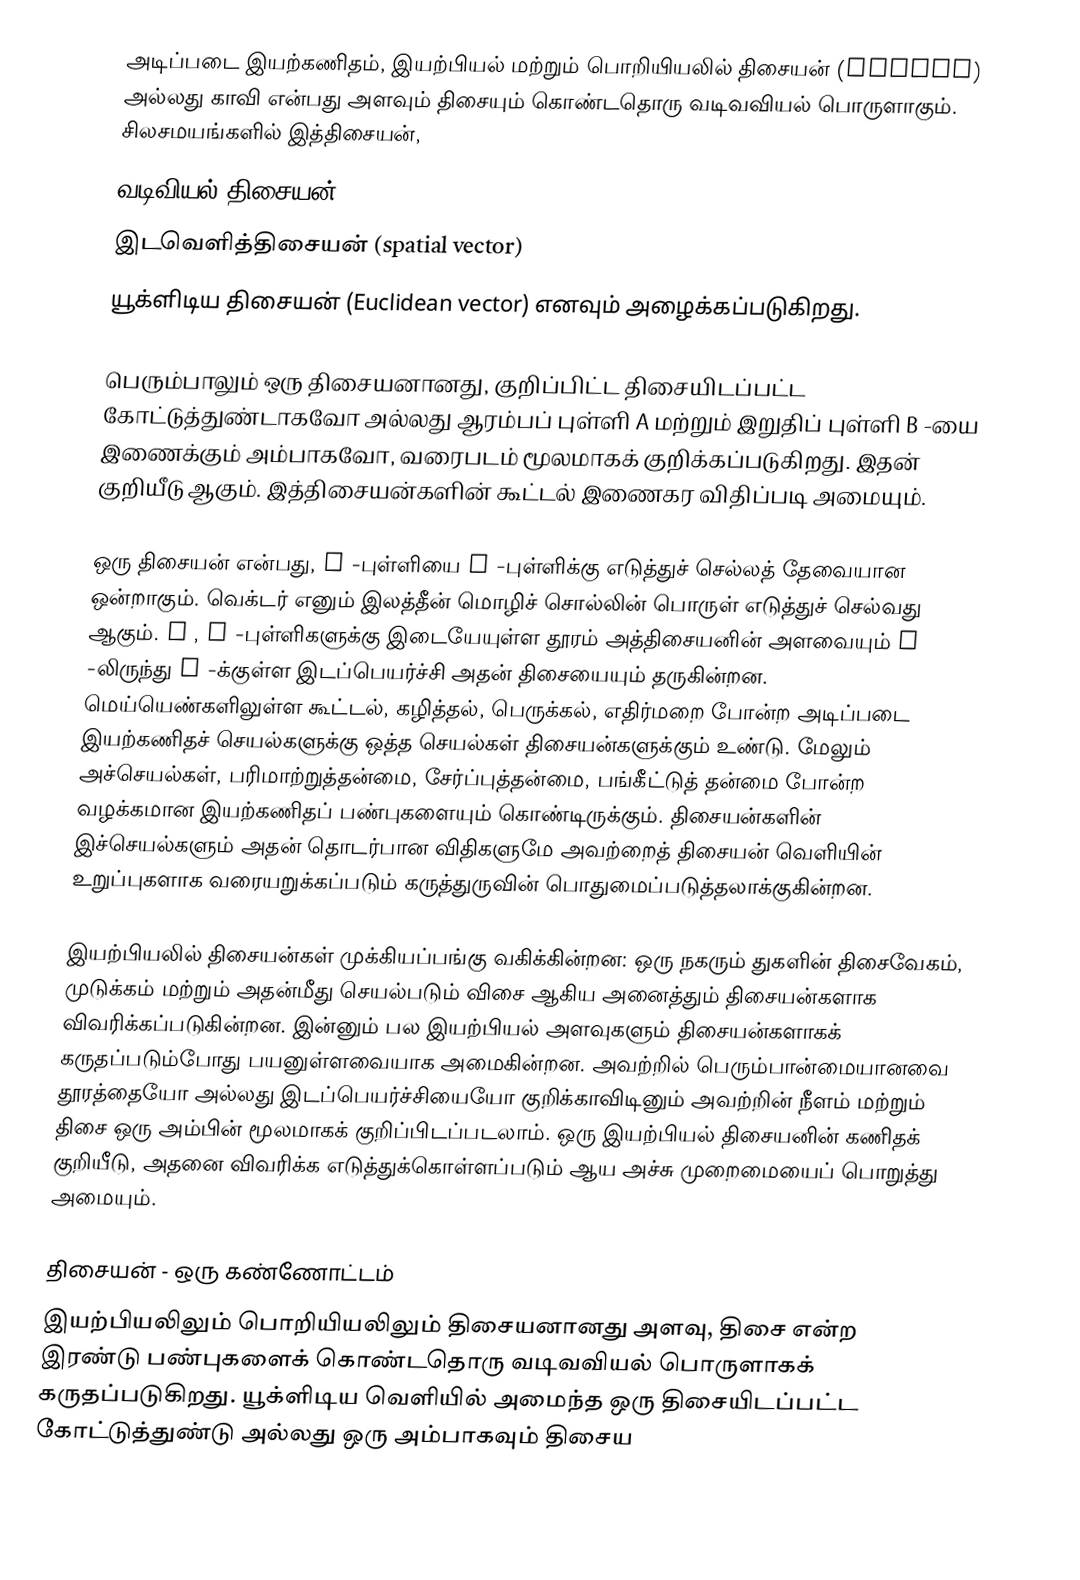
அடிப்படை இயற்கணிதம், இயற்பியல் மற்றும் பொறியியலில் திசையன் (vector) அல்லது காவி என்பது அளவும் திசையும் கொண்டதொரு வடிவவியல் பொருளாகும். சிலசமயங்களில் இத்திசையன்,
வடிவியல் திசையன் (geometric vector)
இடவெளித்திசையன் (spatial vector)
யூக்ளிடிய திசையன் (Euclidean vector) எனவும் அழைக்கப்படுகிறது.

பெரும்பாலும் ஒரு திசையனானது, குறிப்பிட்ட திசையிடப்பட்ட கோட்டுத்துண்டாகவோ அல்லது ஆரம்பப் புள்ளி A மற்றும் இறுதிப் புள்ளி B -யை இணைக்கும் அம்பாகவோ, வரைபடம் மூலமாகக் குறிக்கப்படுகிறது. இதன் குறியீடு  ஆகும். இத்திசையன்களின் கூட்டல் இணைகர விதிப்படி அமையும்.

ஒரு திசையன் என்பது, A -புள்ளியை B -புள்ளிக்கு எடுத்துச் செல்லத் தேவையான ஒன்றாகும்.  வெக்டர் எனும் இலத்தீன் மொழிச் சொல்லின் பொருள் எடுத்துச் செல்வது ஆகும்.  A ,  B -புள்ளிகளுக்கு இடையேயுள்ள தூரம்  அத்திசையனின் அளவையும்  A -லிருந்து B -க்குள்ள இடப்பெயர்ச்சி அதன் திசையையும் தருகின்றன. மெய்யெண்களிலுள்ள கூட்டல், கழித்தல், பெருக்கல், எதிர்மறை போன்ற அடிப்படை இயற்கணிதச் செயல்களுக்கு ஒத்த செயல்கள் திசையன்களுக்கும் உண்டு. மேலும் அச்செயல்கள்,  பரிமாற்றுத்தன்மை, சேர்ப்புத்தன்மை, பங்கீட்டுத் தன்மை போன்ற வழக்கமான இயற்கணிதப் பண்புகளையும் கொண்டிருக்கும். திசையன்களின் இச்செயல்களும் அதன் தொடர்பான விதிகளுமே அவற்றைத் திசையன் வெளியின்  உறுப்புகளாக வரையறுக்கப்படும் கருத்துருவின் பொதுமைப்படுத்தலாக்குகின்றன.

இயற்பியலில் திசையன்கள் முக்கியப்பங்கு வகிக்கின்றன: ஒரு நகரும் துகளின் திசைவேகம், முடுக்கம் மற்றும் அதன்மீது செயல்படும் விசை ஆகிய அனைத்தும் திசையன்களாக விவரிக்கப்படுகின்றன. இன்னும் பல இயற்பியல் அளவுகளும் திசையன்களாகக் கருதப்படும்போது பயனுள்ளவையாக அமைகின்றன. அவற்றில் பெரும்பான்மையானவை தூரத்தையோ அல்லது இடப்பெயர்ச்சியையோ குறிக்காவிடினும் அவற்றின்  நீளம் மற்றும் திசை ஒரு அம்பின் மூலமாகக் குறிப்பிடப்படலாம். ஒரு இயற்பியல் திசையனின் கணிதக் குறியீடு, அதனை விவரிக்க எடுத்துக்கொள்ளப்படும் ஆய அச்சு முறைமையைப் பொறுத்து அமையும்.

திசையன் - ஒரு கண்ணோட்டம்
இயற்பியலிலும் பொறியியலிலும் திசையனானது அளவு, திசை என்ற இரண்டு பண்புகளைக் கொண்டதொரு வடிவவியல் பொருளாகக் கருதப்படுகிறது. யூக்ளிடிய வெளியில் அமைந்த ஒரு திசையிடப்பட்ட கோட்டுத்துண்டு அல்லது ஒரு அம்பாகவும் திசைய